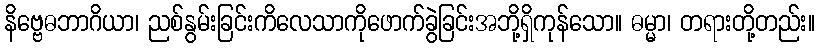
နိဗ္ဗေဓဘာဂိယာ၊ ညစ်နွမ်းခြင်းကိလေသာကိုဖောက်ခွဲခြင်းအဘို့ရှိကုန်သော။ ဓမ္မာ၊ တရားတို့တည်း။